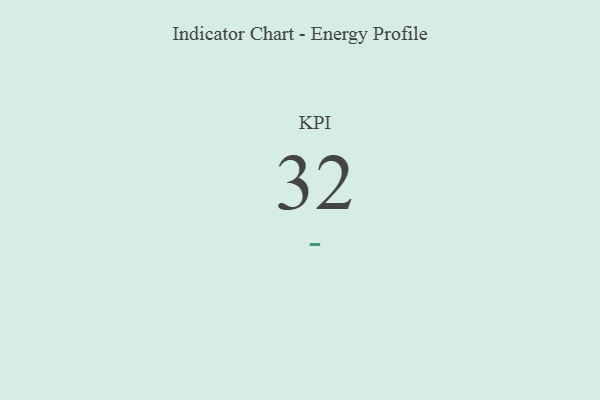
{"axis": {"x": "KPI", "y": "Value"}, "legend": [""], "data": [{"x": "KPI", "y": 32, "type": ""}]}